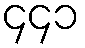
၄၄၁